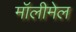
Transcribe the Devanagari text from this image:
मॉलीमेल